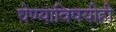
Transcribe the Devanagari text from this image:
घेण्याविषयीही